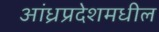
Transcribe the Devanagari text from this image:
आंध्रप्रदेशमधील